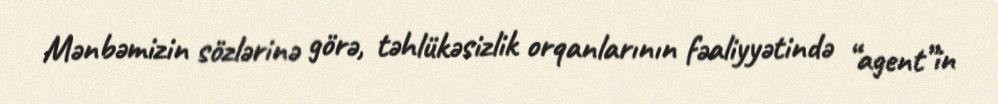
Mənbəmizin sözlərinə görə, təhlükəsizlik orqanlarının fəaliyyətində “agent”in